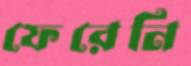
ফেরেনি